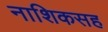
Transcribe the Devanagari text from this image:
नाशिकसह